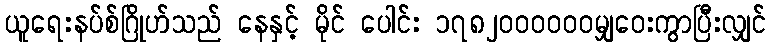
ယူရေးနပ်စ်ဂြိုဟ်သည် နေနှင့် မိုင် ပေါင်း ၁၇၈၂၀၀၀၀၀၀မျှဝေးကွာပြီးလျှင်